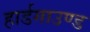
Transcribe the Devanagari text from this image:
हार्डगाउण्ड